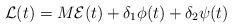
LaTeX: \begin{align*}\mathcal{L}(t)=M\mathcal{E}(t)+\delta_1\phi(t)+\delta_2\psi(t)\end{align*}